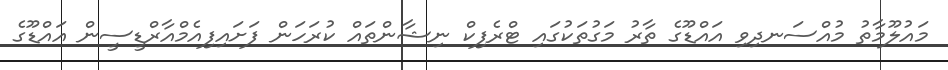
މައުލޫމާތު މުއްސަނދިވި އައްޑޫގެ ތާރު މަގުތަކުގައި ޓްރެފިކް ނިޝާންތައް ކުރަހަން ފަށައިފިއެމްއާރްޑީސީން އައްޑޫގެ